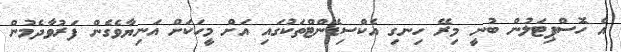
އެ ހޮސްޕިޓަލުން ބުނީ މިރޭ ހިނގި އެކްސިޑެންޓްތަކުގައި އަށް މީހަކަށް އަނިޔާވެގެން ފަރުވާދެމުން